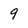
Character: 9